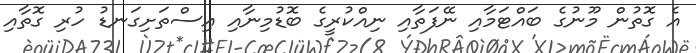
އެ ގޮތުން މޫނުގެ ބައްޓަމާއި ނޭފަތާއި ނިއްކުރީގެ ބޮޑުމިނާއި އިސްތަށިގަނޑު ހުރި ގޮތާއި